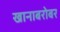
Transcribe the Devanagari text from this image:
खानाबरोबर